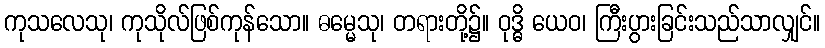
ကုသလေသု၊ ကုသိုလ်ဖြစ်ကုန်သော။ ဓမ္မေသု၊ တရားတို့၌။ ဝုဒ္ဓိ ယေဝ၊ ကြီးပွားခြင်းသည်သာလျှင်။